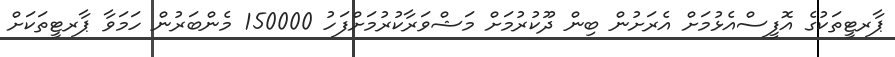
ޕާރޓީތަކުގެ އޮފީސްއެޅުމަށް އެރަށުން ބިން ދޫކުރުމަށް މަޝްވަރާކުރުމަށްފަހު 150000 މެންބަރުން ހަމަވާ ޕާރޓީތަކަށް